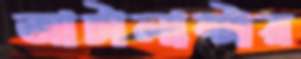
আটালান্টার